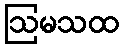
ဩမသထ